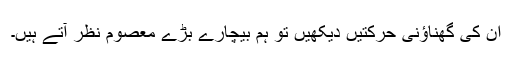
اُن کی گھناؤنی حرکتیں دیکھیں تو ہم بیچارے بڑے معصوم نظر آتے ہیں۔